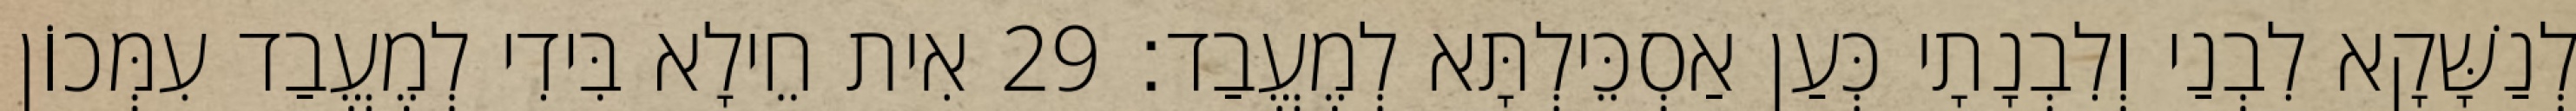
לְנַשָּׁקָא לִבְנַי וְלִבְנָתָי כְּעַן אַסְכֵּילְתָּא לְמֶעֱבַד׃ 29 אִית חֵילָא בִּידִי לְמֶעֱבַד עִמְּכוֹן